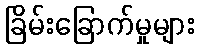
ခြိမ်းခြောက်မှုများ